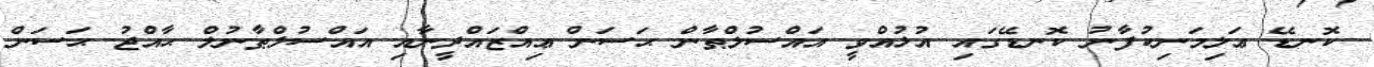
ކޮނޑޭ ޢަލިމަނިކުފާނު ކޮނޑޭގައި އުޅުއްވީ އައްސުލްޠާން ޙަސަން ޢިއްޒައްދީނާއި އައްސުލްޠާނުލް ޙާއްޖު ޙަސަން